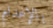
بالإعدام